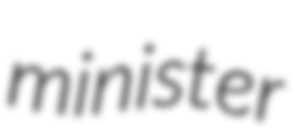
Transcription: minister